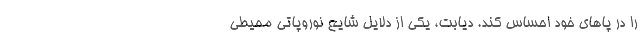
را در پاهای خود احساس کند. دیابت، یکی از دلایل شایع نوروپاتی محیطی